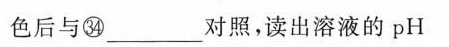
色后与㉞_____对照，读出溶液的pH